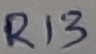
Text: R13